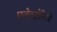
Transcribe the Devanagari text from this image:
एलेक्ट्रोनिकी